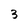
Character: 3